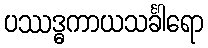
ပဿဒ္ဓကာယသင်္ခါရော